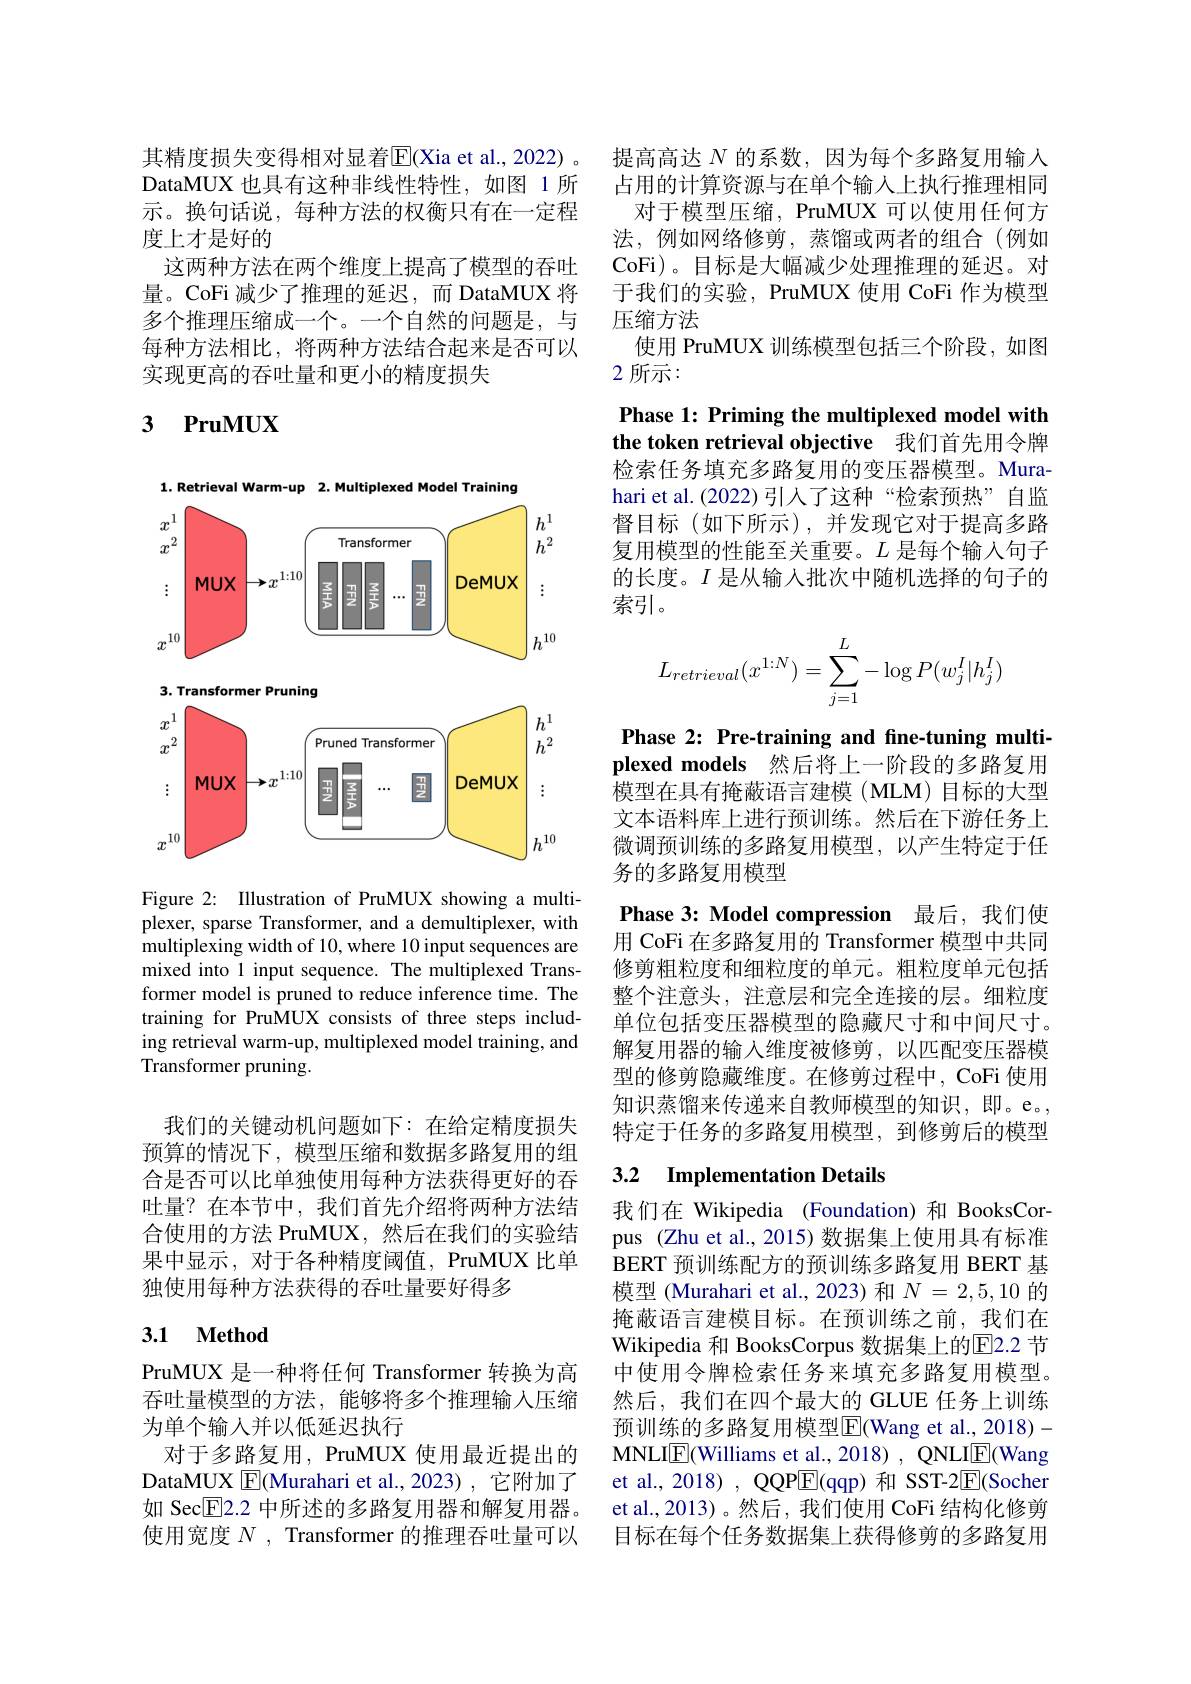
其精度损失变得相对显着$\overline{\mathrm{E}}($Xia et al., 2022) 。DataMUX 也具有这种非线性特性，如图 1 所示。换句话说，每种方法的权衡只有在一定程度上才是好的
这两种方法在两个维度上提高了模型的吞吐量。CoFi 减少了推理的延迟，而 DataMUX 将多个推理压缩成一个。一个自然的问题是，与每种方法相比，将两种方法结合起来是否可以实现更高的吞吐量和更小的精度损失

## 3 $\textbf{PruMUX}$

<FigureHere>

Figure 2: Illustration of PruMUX showing a multiplexer, sparse Transformer, and a demultiplexer, with multiplexing width of 10, where 10 input sequences are mixed into 1 input sequence. The multiplexed Transformer model is pruned to reduce inference time. The training for PruMUX consists of three steps including retrieval warm-up, multiplexed model training, and Transformer pruning.

我们的关键动机问题如下：在给定精度损失预算的情况下，模型压缩和数据多路复用的组合是否可以比单独使用每种方法获得更好的吞吐量？在本节中，我们首先介绍将两种方法结合使用的方法 PruMUX,然后在我们的实验结果中显示，对于各种精度阈值，PruMUX 比单独使用每种方法获得的吞吐量要好得多

## 3.1 Method

PruMUX 是一种将任何 Transformer 转换为高吞吐量模型的方法，能够将多个推理输人压缩为单个输人并以低延迟执行
对于多路复用，PruMUX 使用最近提出的DataMUX E(Murahari et al., 2023) , 它附加了如 Sec$\boxed{\mathrm{F}}2.2$中所述的多路复用器和解复用器。使用宽度$N$ , Transformer 的推理吞吐量可以

提高高达$N$的系数，因为每个多路复用输入占用的计算资源与在单个输入上执行推理相同
对于模型压缩，PruMUX 可以使用任何方法，例如网络修剪，蒸馏或两者的组合(例如CoFi)。目标是大幅减少处理推理的延迟。对于我们的实验，PruMUX 使用 CoFi 作为模型压缩方法
使用 PruMUX 训练模型包括三个阶段，如图
2 所示：
Phase 1: Priming the multiplexed model with the token retrieval objective 我们首先用令牌检索任务填充多路复用的变压器模型。Murahari et al.(2022)引人了这种“检索预热”自监督目标(如下所示),并发现它对于提高多路复用模型的性能至关重要。$L$是每个输入句子的长度。$I$是从输入批次中随机选择的句子的索引。
$$L_{retrieval}(x^{1:N})=\sum_{j=1}^L-\log P(w_j^I|h_j^I)$$
Phase 2: Pre-training and fne-tuning multiplexed models 然后将上一阶段的多路复用模型在具有掩蔽语言建模(MLM)目标的大型文本语料库上进行预训练。然后在下游任务上微调预训练的多路复用模型，以产生特定于任务的多路复用模型
Phase 3: Model compression 最后，我们使用 CoFi 在多路复用的 Transformer 模型中共同修剪粗粒度和细粒度的单元。粗粒度单元包括整个注意头，注意层和完全连接的层。细粒度单位包括变压器模型的隐藏尺寸和中间尺寸。解复用器的输入维度被修剪，以匹配变压器模型的修剪隐藏维度。在修剪过程中，CoFi 使用知识蒸馏来传递来自教师模型的知识，即。e。, 特定于任务的多路复用模型，到修剪后的模型

# 3.2 $\textbf{Implementation Details}$

我们在 Wikipedia (Foundation) 和 BooksCorpus (Zhu et al., 2015) 数据集上使用具有标准BERT 预训练配方的预训练多路复用 BERT 基模型 (Murahari et al.,2023)和$N=2,5,10$的掩蔽语言建模目标。在预训练之前，我们在Wikipedia 和 BooksCorpus 数据集上的E2.2 节中使用令牌检索任务来填充多路复用模型。然后，我们在四个最大的 GLUE 任务上训练预训练的多路复用模型$\overline{\mathrm{E}}($Wang et al., 2018)- MNLIE(Williams et al., 2018) , QNLI$\overline{\mathrm{E}}$(Wang et al., 2018) , QQPE(qqp) 和 SST-2$\overline{\mathrm{E}}$(Socher et al.,2013)。然后，我们使用 CoFi 结构化修剪目标在每个任务数据集上获得修剪的多路复用